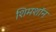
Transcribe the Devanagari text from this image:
शिमशॉन